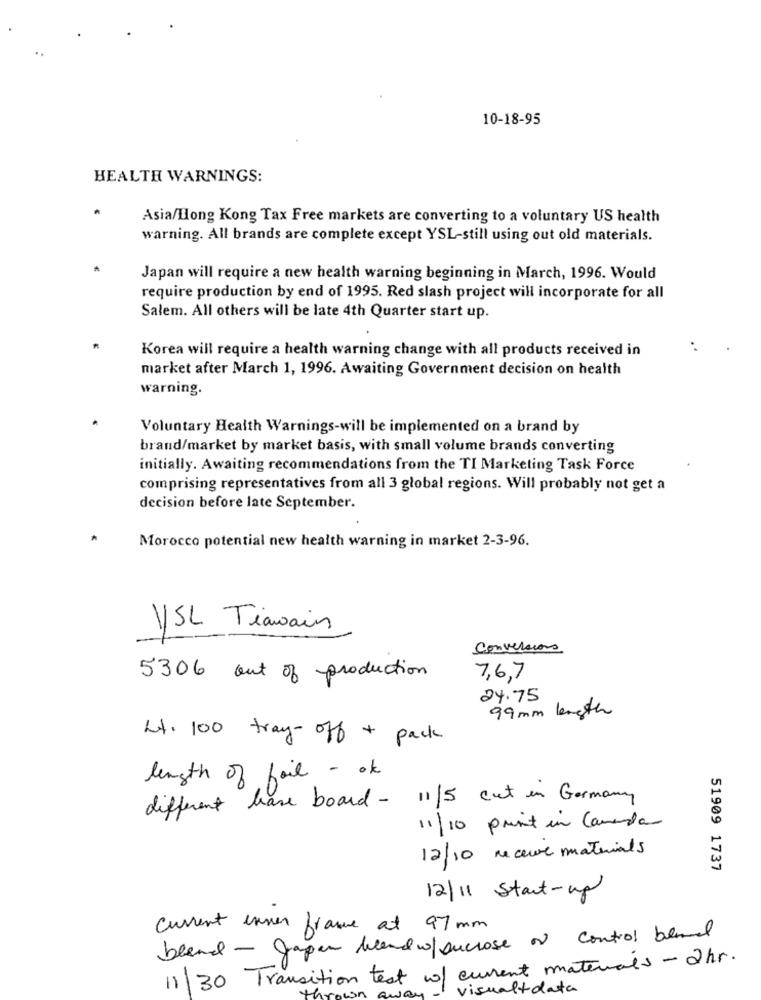
10-18-95
HEALTH WARNINGS:
Asia/Hong Kong Tax Free markets are converting to a voluntary US health
warning. All brands are complete except YSL-still using out old materials.
Japan will require a new health warning beginning in March, 1996. Would
require production by end of 1995. Red slash project will incorporate for all
Salem. All others will be late 4th Quarter start up.
Korea will require a health warning change with all products received in
market after March 1, 1996. Awaiting Government decision on health
warning.
Voluntary Health Warnings-will be implemented on a brand by
brand/market by market basis, with small volume brands converting
initially. Awaiting recommendations from the TI Marketing Task Force
comprising representatives from all 3 global regions. Will probably not get a
decision before late September.
Morocco potential new health warning in market 2-3-96.
YSL Tiawain
Conversions
5306 out of production
7,6,7
24.75
99mm length
44. 100 tray-off + pack
length of fail - ok
different have board - 11/5 cut in Germany
11/10 print in Canada
12/10 receive materials
51909 1737
12/11 Start-up
Current inner france at 97 mm
bland - grapes bland w/sucrose of control bland
11 30 Transition test w/ current materials - 2hr.
visualtdata